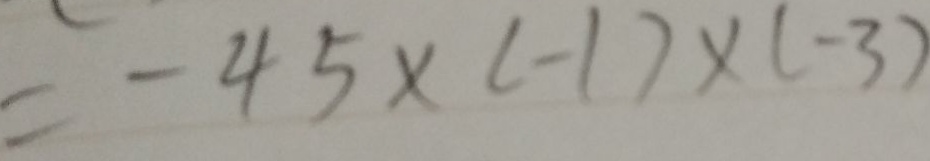
= - 4 5 \times ( - 1 ) \times ( - 3 )